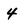
Character: 4